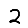
Digit: 2